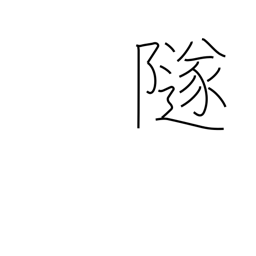
Meaning: fall